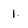
Character: 1